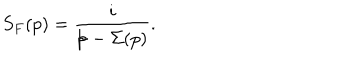
S _ { F } ( p ) = \frac { i } { p { \kern - 4 . 5 p t / } - \Sigma ( p ) } .